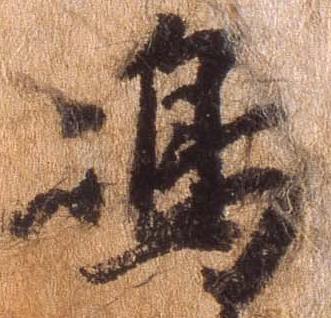
島